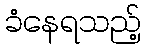
ခံနေရသည့်